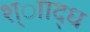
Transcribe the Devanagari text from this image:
श्ााद्ध